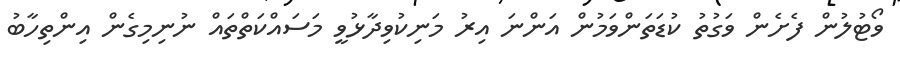
ވޯޓުލުން ފެށެން ވަގުތު ކުޑަތަންވަމުން އަންނަ އިރު މަނިކުވިދާޅުވީ މަސައްކަތްތައް ނުނިމިގެން އިންތިހާބު